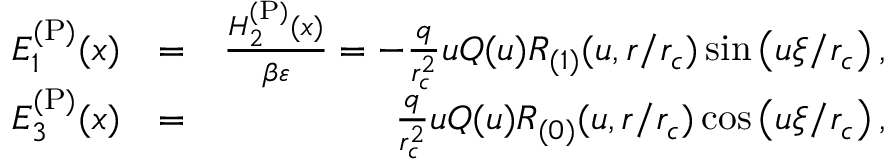
\begin{array} { r l r } { E _ { 1 } ^ { \mathrm { ( P ) } } ( x ) } & { = } & { \frac { H _ { 2 } ^ { \mathrm { ( P ) } } ( x ) } { \beta \varepsilon } = - \frac { q } { r _ { c } ^ { 2 } } u Q ( u ) R _ { ( 1 ) } ( u , r / r _ { c } ) \sin \left( u \xi / r _ { c } \right) , } \\ { E _ { 3 } ^ { \mathrm { ( P ) } } ( x ) } & { = } & { \frac { q } { r _ { c } ^ { 2 } } u Q ( u ) R _ { ( 0 ) } ( u , r / r _ { c } ) \cos \left( u \xi / r _ { c } \right) , } \end{array}